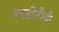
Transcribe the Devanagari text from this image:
एमडीटीवी